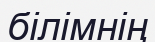
білімнің